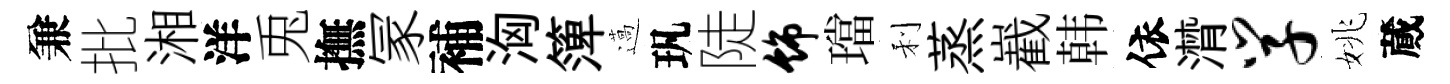
兼批湘洋兎撫冡補洶𥱼薖㺬陡饰璫利蒸嶻韩依潸学姚蕆